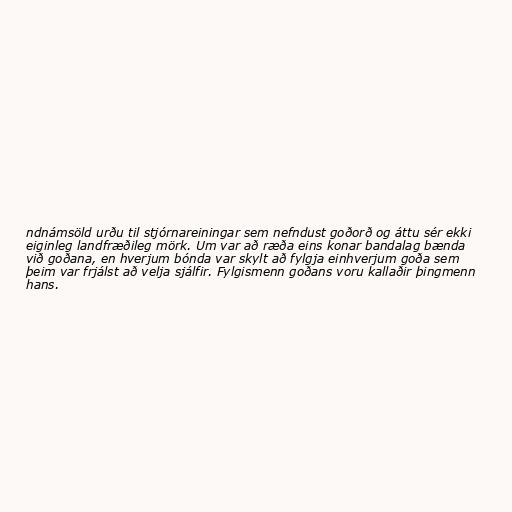
ndnámsöld urðu til stjórnareiningar sem nefndust goðorð og áttu sér ekki
eiginleg landfræðileg mörk. Um var að ræða eins konar bandalag bænda
við goðana, en hverjum bónda var skylt að fylgja einhverjum goða sem
þeim var frjálst að velja sjálfir. Fylgismenn goðans voru kallaðir þingmenn
hans.